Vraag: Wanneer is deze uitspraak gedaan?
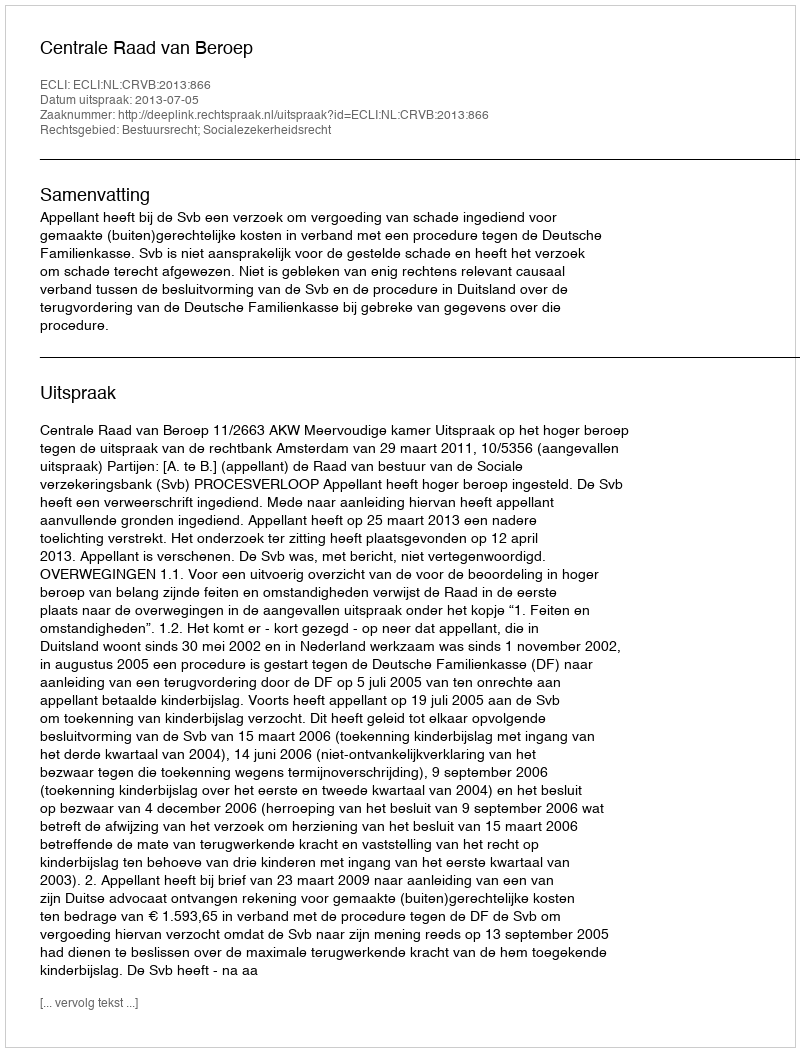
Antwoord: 2013-07-05